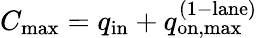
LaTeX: C_{\mathrm{max}}=q_{\mathrm{in}}+q_{\mathrm{on,max}}^{\mathrm{(1-lane)}}